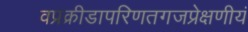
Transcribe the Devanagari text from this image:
वप्रक्रीडापरिणतगजप्रेक्षणीयं